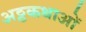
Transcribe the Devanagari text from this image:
अठ्ठकथाओं